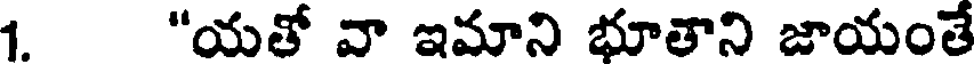
1. "యతో వా ఇమాని భూతాని జాయంతే